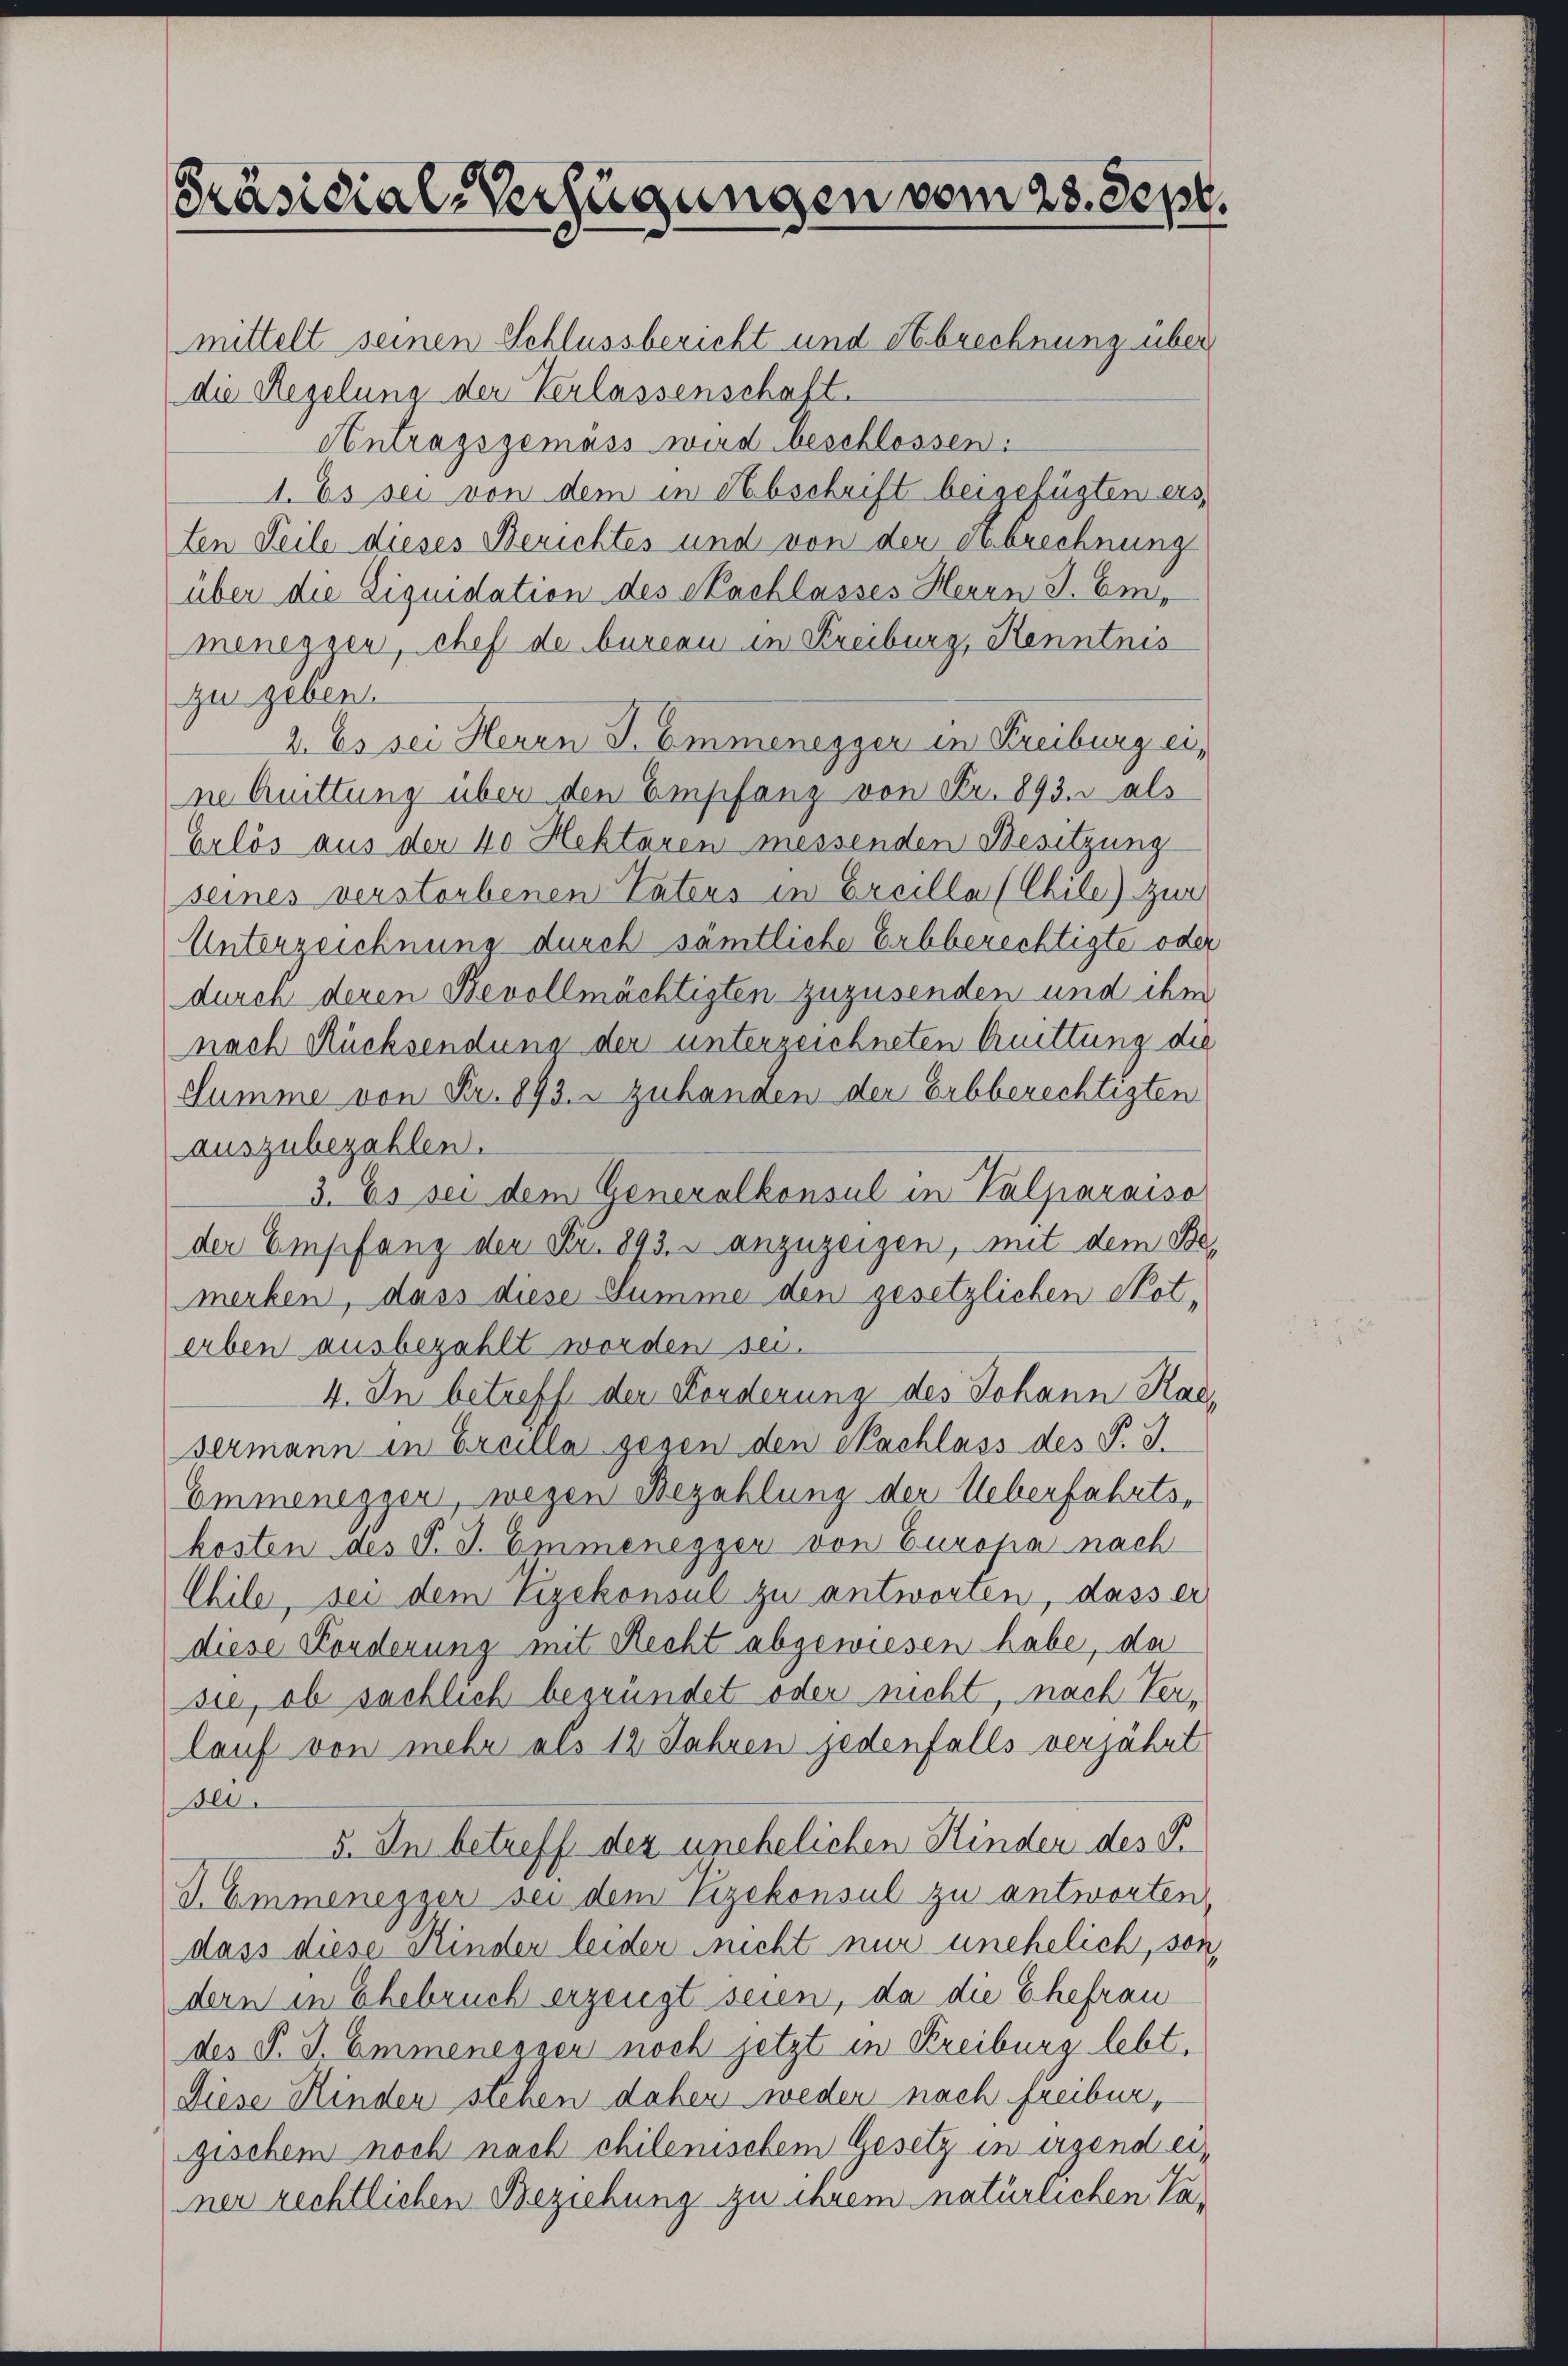
Präsidial-Verfügungen vom 28. Sept.
mittelt seinen Schlussbericht und Hebrechnung über
die Regelung der Verlassenschaft.

Antragsgemäss wird beschlossen:
1. Es sei von dem in Abschrift beigefügten ers
ten Teile dieses Berichtes und von der Abrechnung
über die Liquidation des Nachlasses Herrn J. Emmenesser, chef de bureau in Kreiburg, Kenntnis
zu geben.
2. Es sei Herrn J. Emmenegger in Freiburg eine Quittung über den Empfang von Fr. 893. als
Erlös aus der 40 Hektoren messenden Besitzung
seines verstorbenen Tatens in Ereilla (Chile) Zur
Unterzeichnung durch sämtliche Erbberechtigte oder
durch deren Bevollmächtigten zuzusenden und ihm
nach Rücksendung der unterzeichneten Kuttung die
Summe von Fr. 893. - zuhangen der Erbberechtigten
auszubezahlen.
3. Es sei dem Generalkonsul in Valparaiso
der Empfang der Fr. 893. 3 anzuzeigen, mit dem Bemerken, dass diese Summe den gesetzlichen Not-
erben ausbezahlt worden sei.
4. In betreff der Forderung des Johann Kad
dermann in Eruille gegen den Nachlass des P. J.
Emmeneggen, wegen Bezahlung der Ueberfahrts-
kosten des V. J. Emmenegger von Europa nach
Chile, sei dem Vizekonsul zu antworten, dass er
diese Konderung mit Recht abgewiesen habe, da
sie, ob sächlich bestündet oder nicht, nach Verlauf von mehr als 12 Jahren jedenfalls verjährt
2
5. In betreff der unehelichen Kinder des P.
V. Emmenesser sei dem Vizekonsul zu antworten
dass diese Kinder leider nicht nur unehelich, son
dern in Ehebruch erzeigt seien, da die Ehefrau
des P. J. Emmenegger noch jetzt in Kreiburg lebt,
Diese Hinden stehen daher weder nach freibur
gischem noch nach chilenischem Gesetz in irgend einer rechtlichen Beziehung zu ihrem natürlichen Va¬